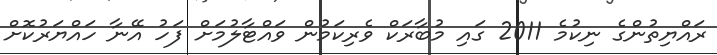
ރައްޔިތުންގެ ނިކުމެ 2011 ގައި މުބާރަކް ވެރިކަމުން ވައްޓާލުމަށް ފަހު އޭނާ ހައްޔަރުކޮށް